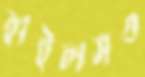
হাইলসও